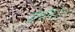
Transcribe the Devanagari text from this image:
ज़ीनॉन।